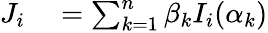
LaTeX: \begin{array}{rl}{J_{i}}&{{}=\sum_{k=1}^{n}\beta_{k}I_{i}(\alpha_{k})}\end{array}